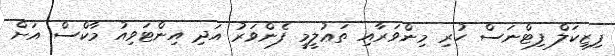
ފިޒިކަލް ފިޓްނަސް ހުރި މިންވަރާއި ތަޢުލީމީ ފެންވަރު އަދި އިންޓަވިއު މާކްސް އަށް